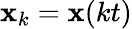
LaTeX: {\mathbf x}_{k}={\mathbf x}(kt)